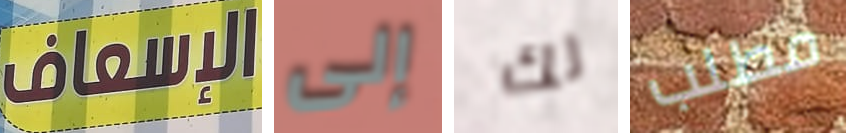
الإسعاف إلى لك مطلب